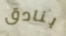
بنادق